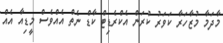
މާދަމާ މުޒާހަރާ ކަވަރު ކުރަން އެކްރެޑިޓް ކާޑް ނެތް އެއްވެސް މީޑިއާ އެއް